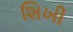
શિખી